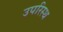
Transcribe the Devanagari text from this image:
उपरिस्थ